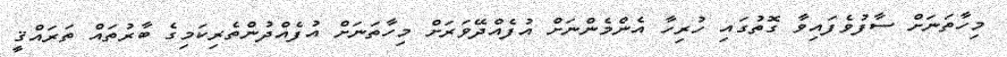
މިހާތަނަށް ސާފުވެފައިވާ ގޮތުގައި ހުރިހާ އެންމެންނަށް އުފެއްދޭވަރަށް މިހާތަނަށް އުފެއްދުންތެރިކަމިގެ ބާރުތައް ތަރައްޤީ